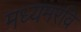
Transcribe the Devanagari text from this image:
मध्यमरवि